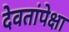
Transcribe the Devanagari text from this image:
देवतांपेक्षा